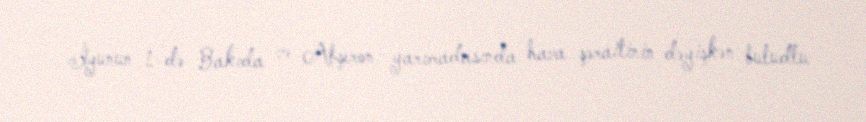
İyunun 1-də Bakıda və Abşeron yarımadasında hava şəraitinin dəyişkən buludlu